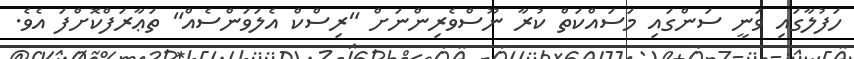
ހަފުލާގައި ވަނީ ސަންގައި މަސައްކަތް ކުރާ ނޫސްވެރިންނަށް "ރިސްކް އެލަވަންސެއް" ތަޢާރަފްކޮށްފަ އެވެ.